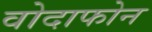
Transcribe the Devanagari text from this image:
वोदाफोन